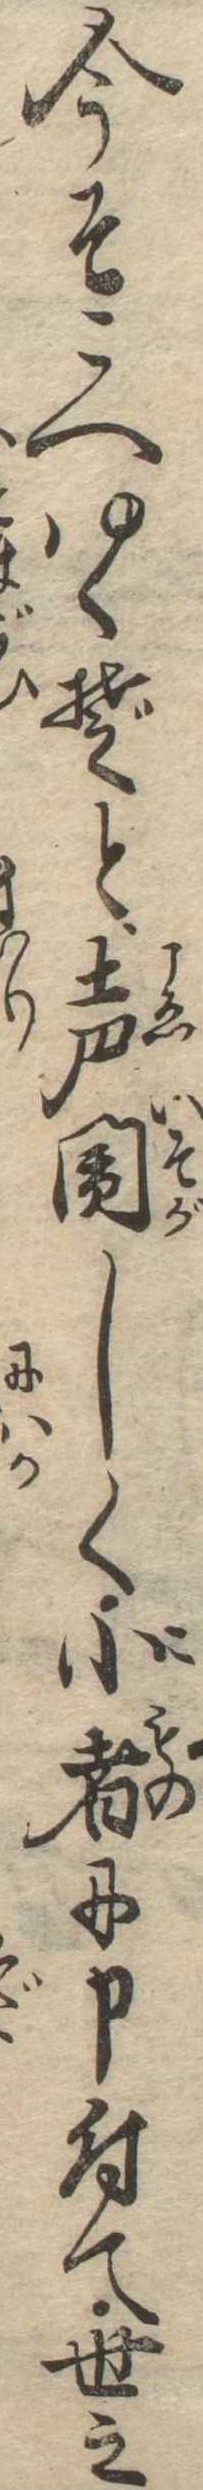
今そこへゆくぞと声閙しく小者に申付て世之